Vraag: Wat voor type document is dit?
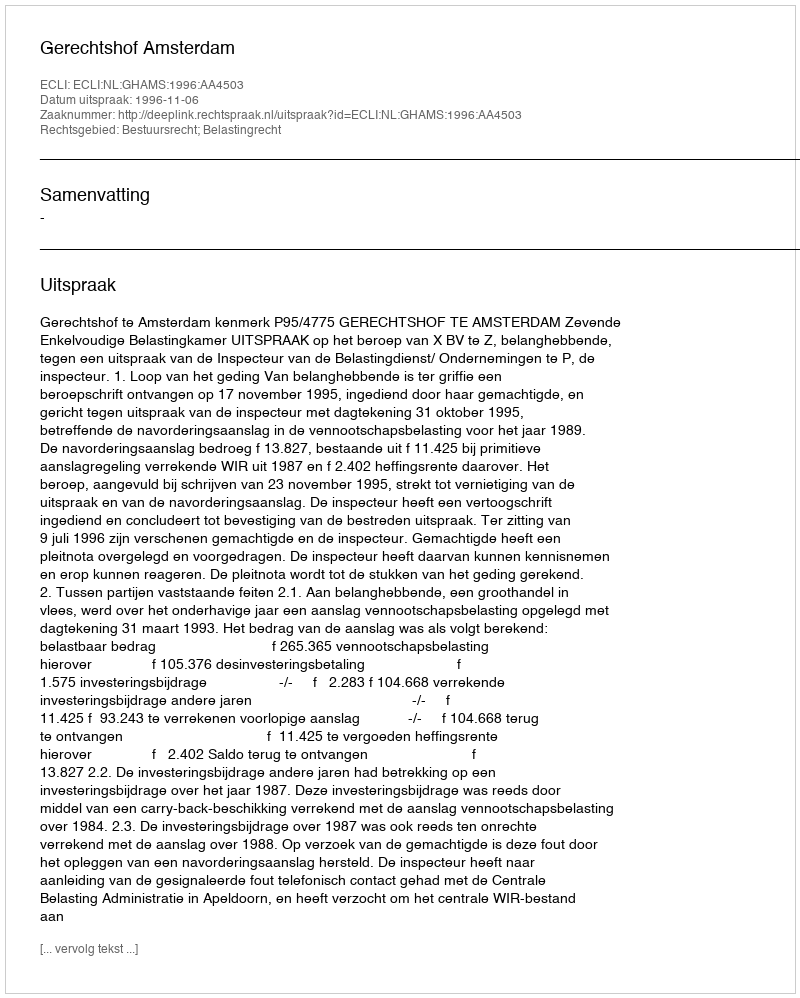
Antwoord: Uitspraak